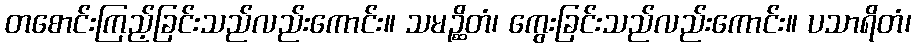
တစောင်းကြည့်ခြင်းသည်လည်းကောင်း။ သမဉ္ဆိတံ၊ ကွေးခြင်းသည်လည်းကောင်း။ ပသာရိတံ၊